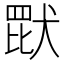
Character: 𬙠